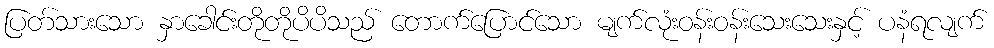
ပြတ်သားသော နှာခေါင်းတိုတိုပိပိသည် တောက်ပြောင်သော မျက်လုံးဝန်းဝန်းသေးသေးနှင့် ပနံရလျက်